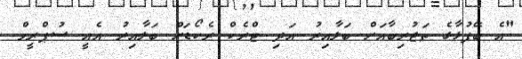
"އެ ބޭފުޅާގެ ތަޖުރިބާއަށް ބަލާއިރު އަދި ޓްރެކް ރެކޯޑަށް ބަލާއިރު އެއީ ސުޕްރީމް